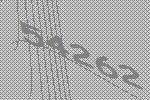
54262